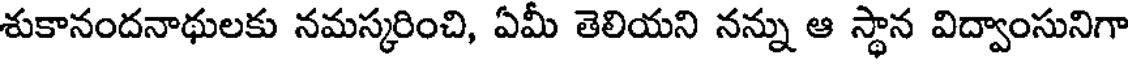
శుకానందనాథులకు నమస్కరించి, ఏమీ తెలియని నన్ను ఆ స్థాన విద్వాంసునిగా